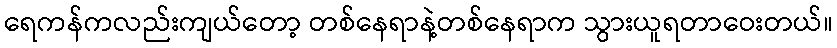
ရေကန်ကလည်းကျယ်တော့ တစ်နေရာနဲ့တစ်နေရာက သွားယူရတာဝေးတယ်။